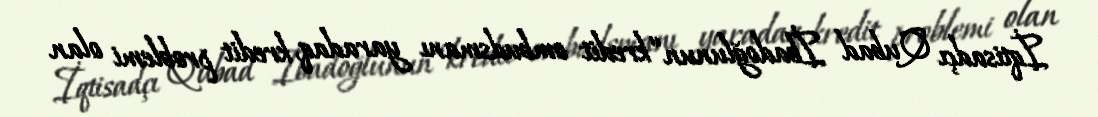
İqtisadçı Qubad İbadoğlunun “kredit ombudsmanı yaradaq, kredit problemi olan